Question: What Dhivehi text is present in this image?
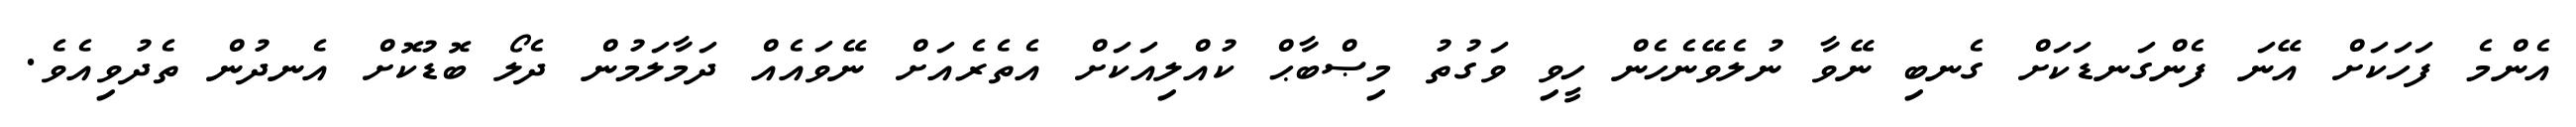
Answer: އެންމެ ފަހަކަށް އޭނަ ފެންގަނޑަކަށް ގެނބި ނޭވާ ނުލެވޭނެހެން ހީވި ވަގުތު މިޞްބާޙް ކުއްލިއަކަށް އެތެރެއަށް ނޭވައެއް ދަމާލަމުން ދެލޯ ބޮޑުކޮށް އެނދުން ތެދުވިއެވެ.